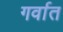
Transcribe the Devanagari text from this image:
गर्वात